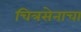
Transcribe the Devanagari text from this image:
चित्रसेनाचा